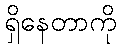
ရှိနေတာကို